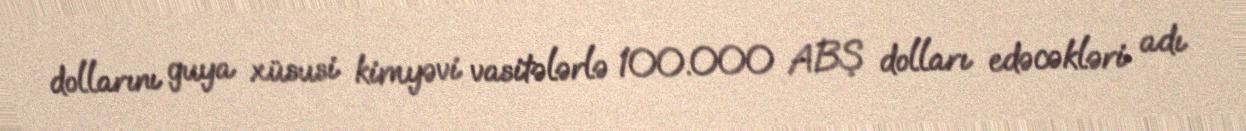
dollarını guya xüsusi kimyəvi vasitələrlə 100.000 ABŞ dolları edəcəkləri adı